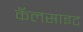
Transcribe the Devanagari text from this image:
कॅलसाइट